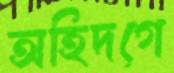
অহিদগে